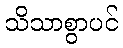
သိသာစွာပင်